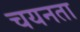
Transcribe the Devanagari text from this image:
चयनता